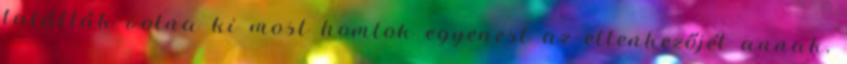
találták volna ki most homlok egyenest az ellenkezőjét annak,